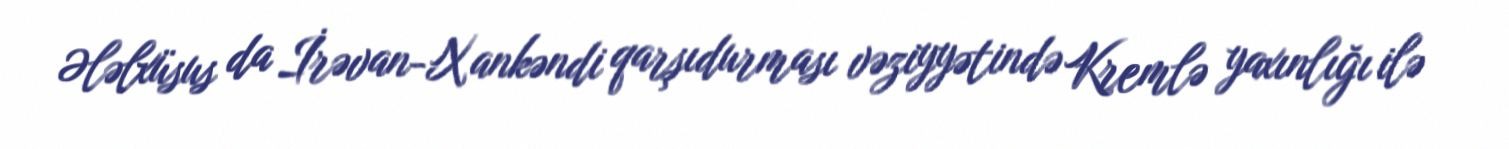
Ələlxüsus da İrəvan-Xankəndi qarşıdurması vəziyyətində Kremlə yaxınlığı ilə